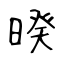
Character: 暌